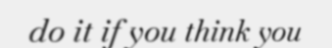
do it if you think you